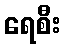
ရေစီး